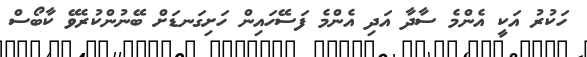
ހަކުރު އަކީ އެންމެ ސާދާ އަދި އެންމެ ފަސޭހައިން ހަށިގަނޑަށް ބޭނުންކުރެވޭ ކާބޯސް